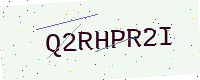
Text: Q2RHPR2I